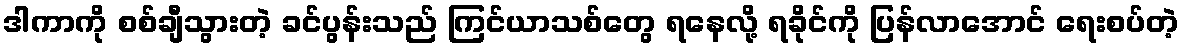
ဒါကာကို စစ်ချီသွားတဲ့ ခင်ပွန်းသည် ကြင်ယာသစ်တွေ ရနေလို့ ရခိုင်ကို ပြန်လာအောင် ရေးစပ်တဲ့